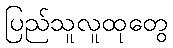
ပြည်သူလူထုတွေ